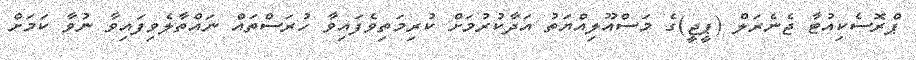
ޕްރޮސެކިއުޓާ ޖެނެރަލް (ޕީޖީ)ގެ މަސްއޫލިއްޔަތު އަދާކުރުމަށް ކުރިމަތިވެފައިވާ ހުރަސްތައް ނައްތާލެވިފައިވާ ނުވާ ކަމަށް